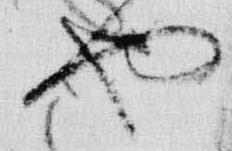
也